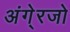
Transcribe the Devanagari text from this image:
अंगे्रजो